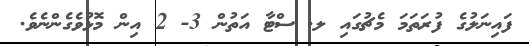
ފައިނަލުގެ ފުރަތަމަ މެޗުގައި ލ. ސްޓާ އަތުން 3- 2 އިން މޮޅުވެގެންނެވެ.